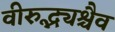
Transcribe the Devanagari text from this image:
वीरुद्भ्यश्चैव